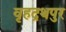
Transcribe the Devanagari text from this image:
वृहद्रथपुर